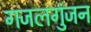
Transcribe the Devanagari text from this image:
गजलगुंजन